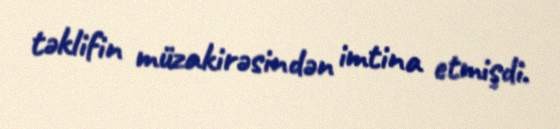
təklifin müzakirəsindən imtina etmişdi.